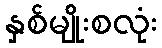
နှစ်မျိုးစလုံး